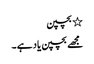
٭ بچپن
مجھے بچپن یاد ہے ۔